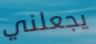
يجعلني